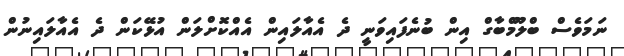
ނަމަވެސް ބްލޫމްބާގް އިން ބުނެފައިވަނީ ދެ އެއާލައިން އެއްކޮށްލަން އުޅޭކަން ދެ އެއާލައިނުން